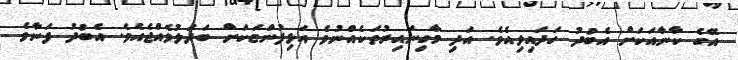
އޭގެ ކާނާއަކަށް އެބުދު ހަދައިލިއެވެ. އަދި މާގިނައިރުތަކެއްނުވެ އަޅިފުންޏަކަށް ބަދަލުވެއްޖެއެވެ. އެބުދު ފަނާވެ